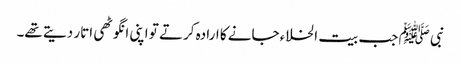
نبی ﷺ جب بیت الخلاء جانے کا ارادہ کرتے تو اپنی انگوٹھی اتار دیتے تھے۔